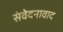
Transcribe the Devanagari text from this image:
संवेदनावाद